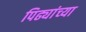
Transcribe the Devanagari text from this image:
पिढ्यांच्‍या